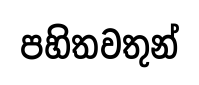
පහිතවතුන්